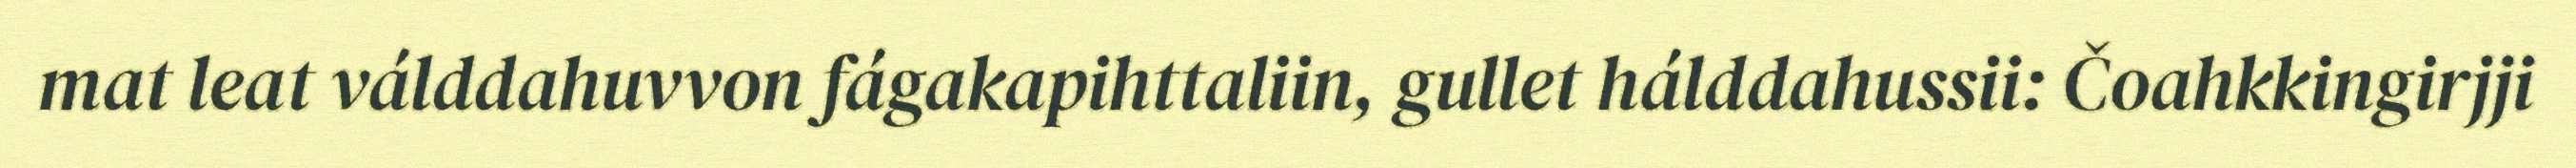
mat leat válddahuvvon fágakapihttaliin, gullet hálddahussii: Čoahkkingirjji